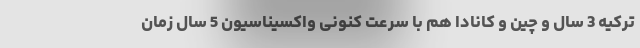
ترکیه 3 سال و چین و کانادا هم با سرعت کنونی واکسیناسیون 5 سال زمان